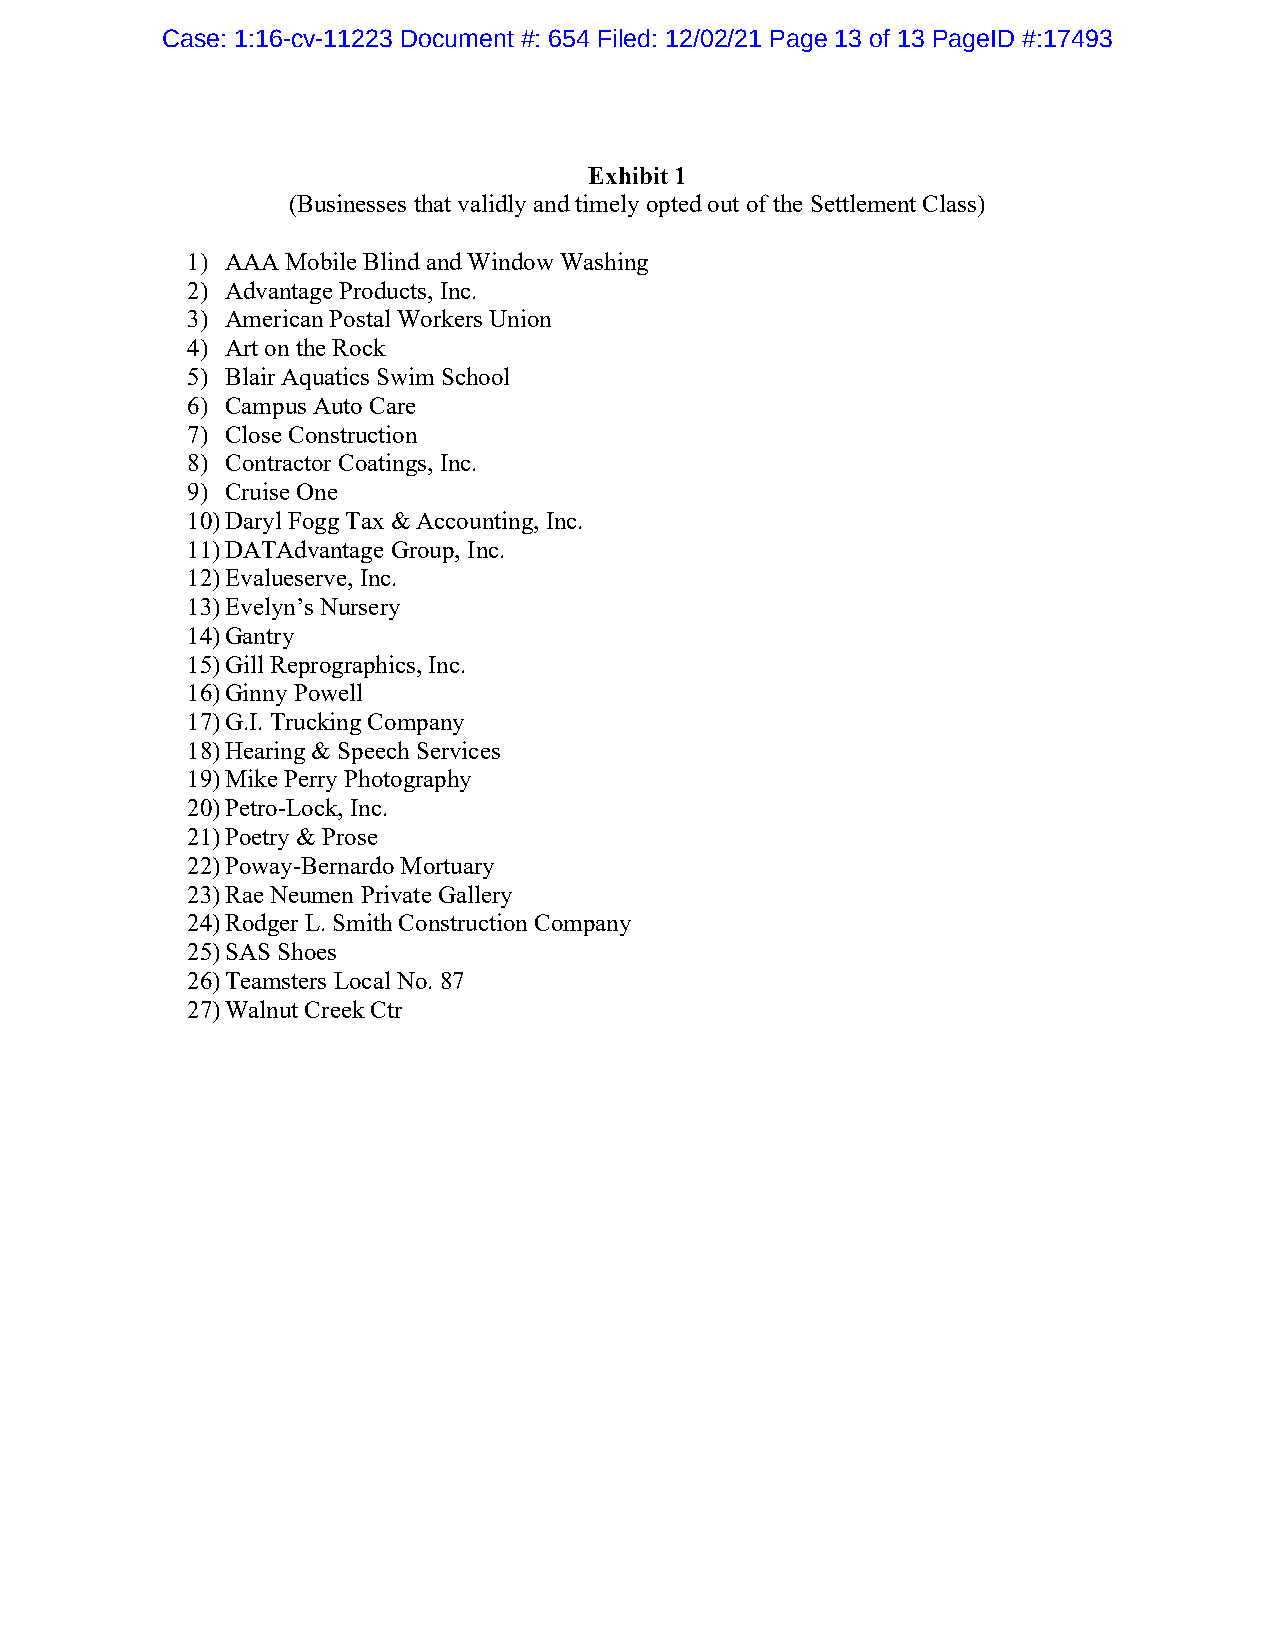
Case: 1:16-cv-11223 Document #: 654 Filed: 12/02/21 Page 13 of 13 PageID #:17493
 Exhibit 1
 (Businesses that validly and timely opted out of the Settlement Class)
 1) AAA Mobile Blind and Window Washing
 2) Advantage Products, Inc.
 3) American Postal Workers Union
 4) Art on the Rock
 5) Blair Aquatics Swim School
 6) Campus Auto Care
 7) Close Construction
 8) Contractor Coatings, Inc.
 9) Cruise One
 10) Daryl Fogg Tax & Accounting, Inc.
 11) DATAdvantage Group, Inc.
 12) Evalueserve, Inc.
 13) Evelyn’s Nursery
 14) Gantry
 15) Gill Reprographics, Inc.
 16) Ginny Powell
 17) G.I. Trucking Company
 18) Hearing & Speech Services
 19) Mike Perry Photography
 20) Petro-Lock, Inc.
 21) Poetry & Prose
 22) Poway-Bernardo Mortuary
 23) Rae Neumen Private Gallery
 24) Rodger L. Smith Construction Company
 25) SAS Shoes
 26) Teamsters Local No. 87
 27) Walnut Creek Ctr